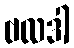
ဗလဒါ